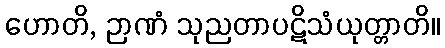
ဟောတိ, ဉာဏံ သုညတာပဋိသံယုတ္တာတိ။